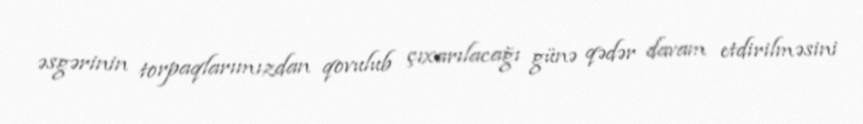
əsgərinin torpaqlarımızdan qovulub çıxarılacağı günə qədər davam etdirilməsini